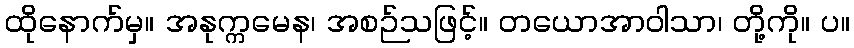
ထိုနောက်မှ။ အနုက္ကမေန၊ အစဉ်သဖြင့်။ တယောအာဝါသာ၊ တို့ကို။ ပ။